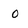
Character: 0